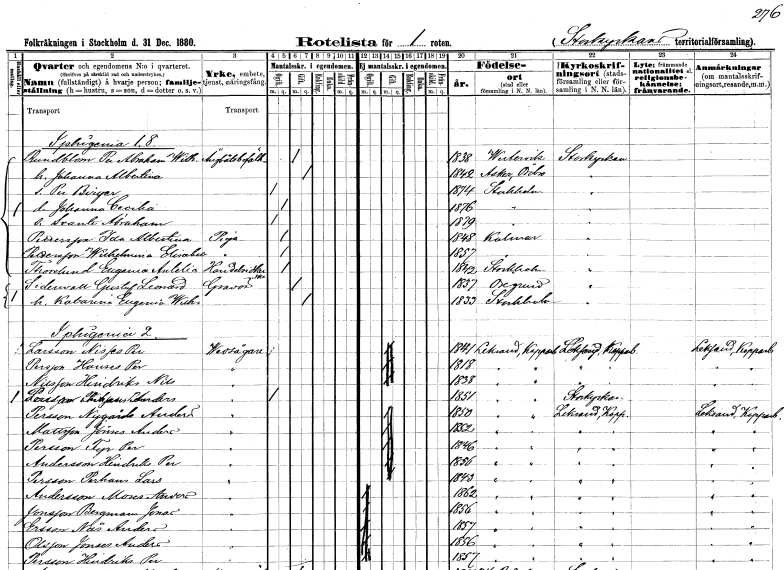
gt_parse: households: individuals: FN: Per Abraham Wilhelm
EN: Rundblom
YRKE: Ångbåtsbefälhavare
KON: M
CIV: G
FODAR: 1838
FODFORS: Västervik Kalmar län
FN: Johanna Albertina
KON: K
CIV: G
FODAR: 1842
FODFORS: Asker Örebro län
FN: Per Birger
KON: M
CIV: O
FODAR: 1874
FODFORS: Stockholm
FN: Johanna Cecilia
KON: K
CIV: O
FODAR: 1876
FODFORS: Stockholm
FN: Svante Abraham
KON: M
CIV: O
FODAR: 1879
FODFORS: Stockholm
FN: Ida Albertina
EN: Pettersson
YRKE: Piga
KON: K
CIV: O
FODAR: 1848
FODFORS: Kalmar Kalmar län
FN: Wilhelmina Elisabet
EN: Pettersson
YRKE: Piga
KON: K
CIV: O
FODAR: 1857
FODFORS: Kalmar Kalmar län
FN: Eugenia Antelia
EN: Thorslund
YRKE: Handelsidkerska
KON: K
CIV: O
FODAR: 1842
FODFORS: Stockholm
FN: Gustaf Leonard
EN: Sidenvall
YRKE: Gravör
KON: M
CIV: G
FODAR: 1837
FODFORS: Öregrund Uppsala län
FN: Katarina Eugenia Wilhelmina
KON: K
CIV: G
FODAR: 1833
FODFORS: Stockholm
FN: Nisses Per
EN: Larsson
YRKE: Vedsågare
KON: M
CIV: G
FODAR: 1841
FODFORS: Leksand Kopparbergs län
FN: Hanses Per
EN: Persson
YRKE: Vedsågare
KON: M
CIV: G
FODAR: 1818
FODFORS: Leksand Kopparbergs län
FN: Hindriks Nils
EN: Nilsson
YRKE: Vedsågare
KON: M
CIV: G
FODAR: 1838
FODFORS: Leksand Kopparbergs län
FN: Pehrs Anders
EN: Larsson
YRKE: Vedsågare
KON: M
CIV: O
FODAR: 1851
FODFORS: Leksand Kopparbergs län
FN: Nygårds Anders
EN: Persson
YRKE: Vedsågare
KON: M
CIV: G
FODAR: 1850
FODFORS: Leksand Kopparbergs län
FN: Jönses Anders
EN: Mattsson
YRKE: Vedsågare
KON: M
CIV: G
FODAR: 1852
FODFORS: Leksand Kopparbergs län
FN: Fyr Per
EN: Persson
YRKE: Vedsågare
KON: M
CIV: G
FODAR: 1846
FODFORS: Leksand Kopparbergs län
FN: Hindriks Per
EN: Andersson
YRKE: Vedsågare
KON: M
CIV: G
FODAR: 1856
FODFORS: Leksand Kopparbergs län
FN: Pehans Lars
EN: Persson
YRKE: Vedsågare
KON: M
CIV: G
FODAR: 1843
FODFORS: Leksand Kopparbergs län
FN: Mores Anders
EN: Andersson
YRKE: Vedsågare
KON: M
CIV: O
FODAR: 1862
FODFORS: Leksand Kopparbergs län
FN: Bergmans Jonas
EN: Jonsson
YRKE: Vedsågare
KON: M
CIV: O
FODAR: 1856
FODFORS: Leksand Kopparbergs län